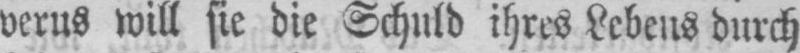
verus will sie die Schuld ihres Lebens durch